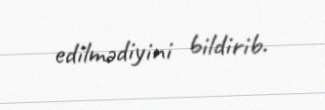
edilmədiyini bildirib.